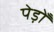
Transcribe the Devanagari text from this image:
पेड़ोँ